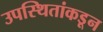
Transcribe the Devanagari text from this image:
उपस्थितांकडून